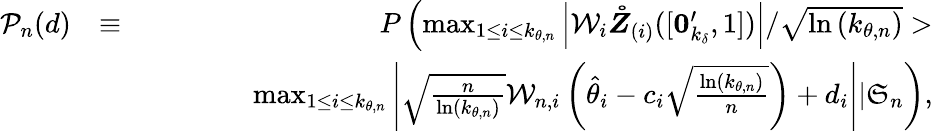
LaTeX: \begin{array}{rlr}{\mathcal{P}_{n}(d)}&{\equiv}&{P\left(\operatorname*{max}_{1\leq i\leq k_{\theta,n}}\left\vert\mathcal{W}_{i}\boldsymbol{\mathring{Z}}_{(i)}([\boldsymbol{0}_{k_{\delta}}^{\prime},1])\right\vert/\sqrt{\ln\left(k_{\theta,n}\right)}>\right.}\\ &{}&{\mathrm{~\ \ \ \ \ \ \ \ \ \ \ \ \ }\left.\operatorname*{max}_{1\leq i\leq k_{\theta,n}}\left\vert\sqrt{\frac{n}{\ln\left(k_{\theta,n}\right)}}\mathcal{W}_{n,i}\left(\hat{\theta}_{i}-c_{i}\sqrt{\frac{\ln\left(k_{\theta,n}\right)}{n}}\right)+d_{i}\right\vert|\mathfrak{S}_{n}\right),}\end{array}